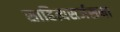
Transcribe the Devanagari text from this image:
साहित्यसर्जसना